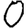
Digit: 0